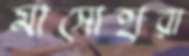
মাসোহারা